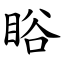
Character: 䀰